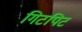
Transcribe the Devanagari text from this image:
गिटपिट